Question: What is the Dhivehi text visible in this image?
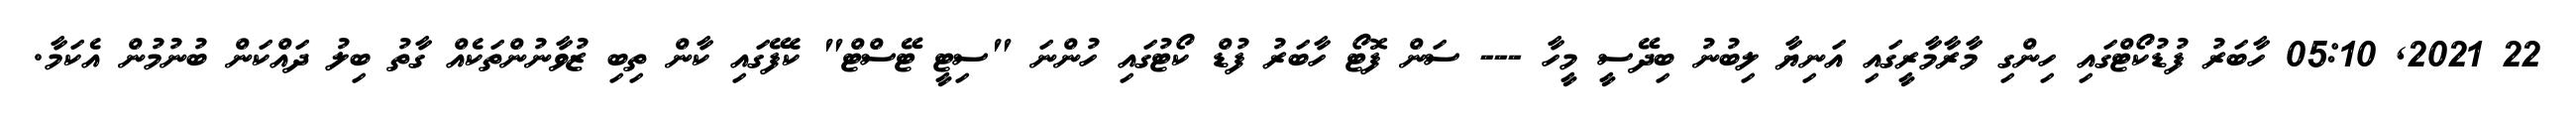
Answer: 22 2021, 05:10 ހާބަރު ފުޑުކޯޓްގައި ހިންގި މާރާމާރީގައި އަނިޔާ ލިބުނު ބިދޭސީ މީހާ --- ސަން ފޮޓޯ ހާބަރު ފުޑް ކޯޓުގައި ހުންނަ "ސިޓީ ޓޭސްޓް" ކެފޭގައި ކާން ތިބި ޒުވާނުންތަކެއް ގާތު ބިލު ދައްކަން ބުނުމުން އެކަމާ.